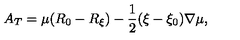
A _ { T } = \mu ( R _ { 0 } - R _ { \xi } ) - \frac { 1 } { 2 } ( \xi - \xi _ { 0 } ) \nabla \mu ,